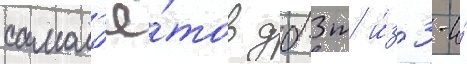
самол'ё́тов дб-3т и́з 3-и́